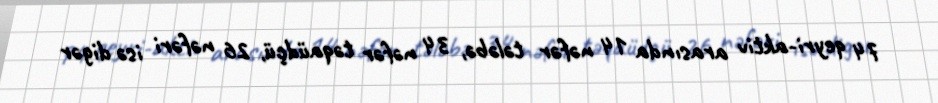
74 qeyri-aktiv arasında 14 nəfər tələbə, 34 nəfər təqaüdçü, 26 nəfəri isə digər